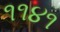
૧૧૪૧